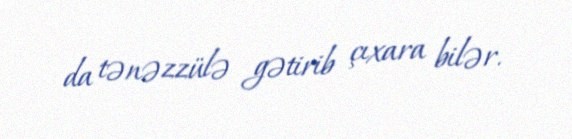
da tənəzzülə gətirib çıxara bilər.